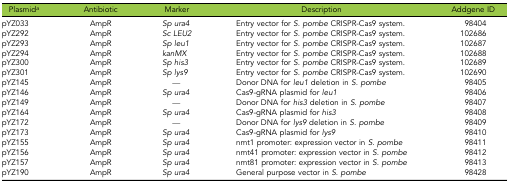
<table><thead><tr><td><b>Plasmid<i><sup>a</sup></i></b></td><td><b>Antibiotic</b></td><td><b>Marker</b></td><td><b>Description</b></td><td><b>Addgene ID</b></td></tr></thead><tbody><tr><td>pYZ033</td><td>AmpR</td><td><i>Sp ura4</i></td><td>Entry vector for <i>S. pombe</i> CRISPR-Cas9 system.</td><td>98404</td></tr><tr><td>pYZ292</td><td>AmpR</td><td><i>Sc LEU2</i></td><td>Entry vector for <i>S. pombe</i> CRISPR-Cas9 system.</td><td>102686</td></tr><tr><td>pYZ293</td><td>AmpR</td><td><i>Sp leu1</i></td><td>Entry vector for <i>S. pombe</i> CRISPR-Cas9 system.</td><td>102687</td></tr><tr><td>pYZ294</td><td>AmpR</td><td><i>kanMX</i></td><td>Entry vector for <i>S. pombe</i> CRISPR-Cas9 system.</td><td>102688</td></tr><tr><td>pYZ300</td><td>AmpR</td><td><i>Sp his3</i></td><td>Entry vector for <i>S. pombe</i> CRISPR-Cas9 system.</td><td>102689</td></tr><tr><td>pYZ301</td><td>AmpR</td><td><i>Sp lys9</i></td><td>Entry vector for <i>S. pombe</i> CRISPR-Cas9 system.</td><td>102690</td></tr><tr><td>pYZ145</td><td>AmpR</td><td><i>—</i></td><td>Donor DNA for <i>leu1</i> deletion in <i>S. pombe</i></td><td>98405</td></tr><tr><td>pYZ146</td><td>AmpR</td><td><i>Sp ura4</i></td><td>Cas9-gRNA plasmid for <i>leu1</i></td><td>98406</td></tr><tr><td>pYZ149</td><td>AmpR</td><td><i>—</i></td><td>Donor DNA for <i>his3</i> deletion in <i>S. pombe</i></td><td>98407</td></tr><tr><td>pYZ164</td><td>AmpR</td><td><i>Sp ura4</i></td><td>Cas9-gRNA plasmid for <i>his3</i></td><td>98408</td></tr><tr><td>pYZ172</td><td>AmpR</td><td><i>—</i></td><td>Donor DNA for <i>lys9</i> deletion in <i>S. pombe</i></td><td>98409</td></tr><tr><td>pYZ173</td><td>AmpR</td><td><i>Sp ura4</i></td><td>Cas9-gRNA plasmid for <i>lys9</i></td><td>98410</td></tr><tr><td>pYZ155</td><td>AmpR</td><td><i>Sp ura4</i></td><td>nmt1 promoter: expression vector in <i>S. pombe</i></td><td>98411</td></tr><tr><td>pYZ156</td><td>AmpR</td><td><i>Sp ura4</i></td><td>nmt41 promoter: expression vector in <i>S. pombe</i></td><td>98412</td></tr><tr><td>pYZ157</td><td>AmpR</td><td><i>Sp ura4</i></td><td>nmt81 promoter: expression vector in <i>S. pombe</i></td><td>98413</td></tr><tr><td>pYZ190</td><td>AmpR</td><td><i>Sp ura4</i></td><td>General purpose vector in <i>S. pombe</i></td><td>98428</td></tr></tbody></table>